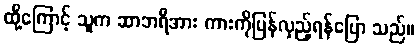
ထို့ကြောင့် သူက ဆာဘရီအား ကားကိုပြန်လှည့်ရန်ပြော သည်။